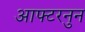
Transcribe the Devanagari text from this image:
आफ्टरनुन